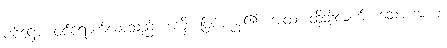
ပဝိဋ္ဌော၊ ဝင်ရောက်လာသည်။ အမှိ၊ ဖြစ်ကုန်၏။ အထ၊ ထိုသို့လျက်။ သော အဟံ၊